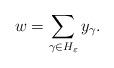
LaTeX: \begin{align*}w=\sum_{\gamma\in H_\varepsilon} y_\gamma.\end{align*}